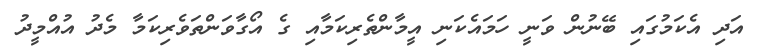
އަދި އެކަމުގައި ބޭނުން ވަނީ ހަމައެކަނި އީމާންތެރިކަމާއި ގެ އޯގާވަންތަވެރިކަމާ މެދު އުއްމީދު